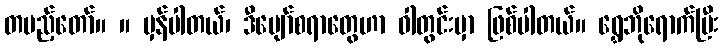
တပည့်တော်။ ။ မှန်ပါတယ်၊ ဒီပျော်စရာတွေဟာ ဝါတွင်းမှာ ဖြစ်ပါတယ်။ ရွှေဘိုရောက်ပြီး